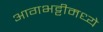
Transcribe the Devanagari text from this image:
आगभट्टीमध्ये